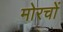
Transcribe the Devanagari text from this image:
मोरचों